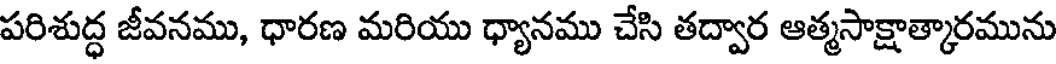
పరిశుద్ధ జీవనము, ధారణ మరియు ధ్యానము చేసి తద్వార ఆత్మసాక్షాత్కారమును